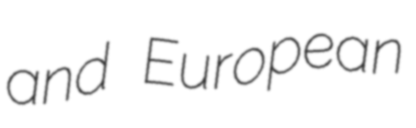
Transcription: and European